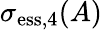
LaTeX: \sigma_{\mathrm{ess},4}(A)